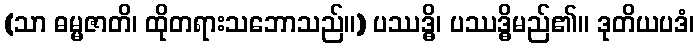
(သာ ဓမ္မဇာတိ၊ ထိုတရားသဘောသည်။) ပဿဒ္ဓိ၊ ပဿဒ္ဓိမည်၏။ ဒုတိယပဒံ၊